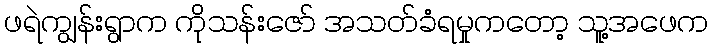
ဖရဲကျွန်းရွာက ကိုသန်းဇော် အသတ်ခံရမှုကတော့ သူ့အဖေက